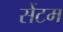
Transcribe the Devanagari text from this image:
सेंटम